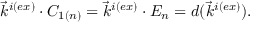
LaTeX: \vec { k } ^ { i ( e x ) } \cdot C _ { 1 ( n ) } = \vec { k } ^ { i ( e x ) } \cdot E _ { n } = d ( \vec { k } ^ { i ( e x ) } ) .